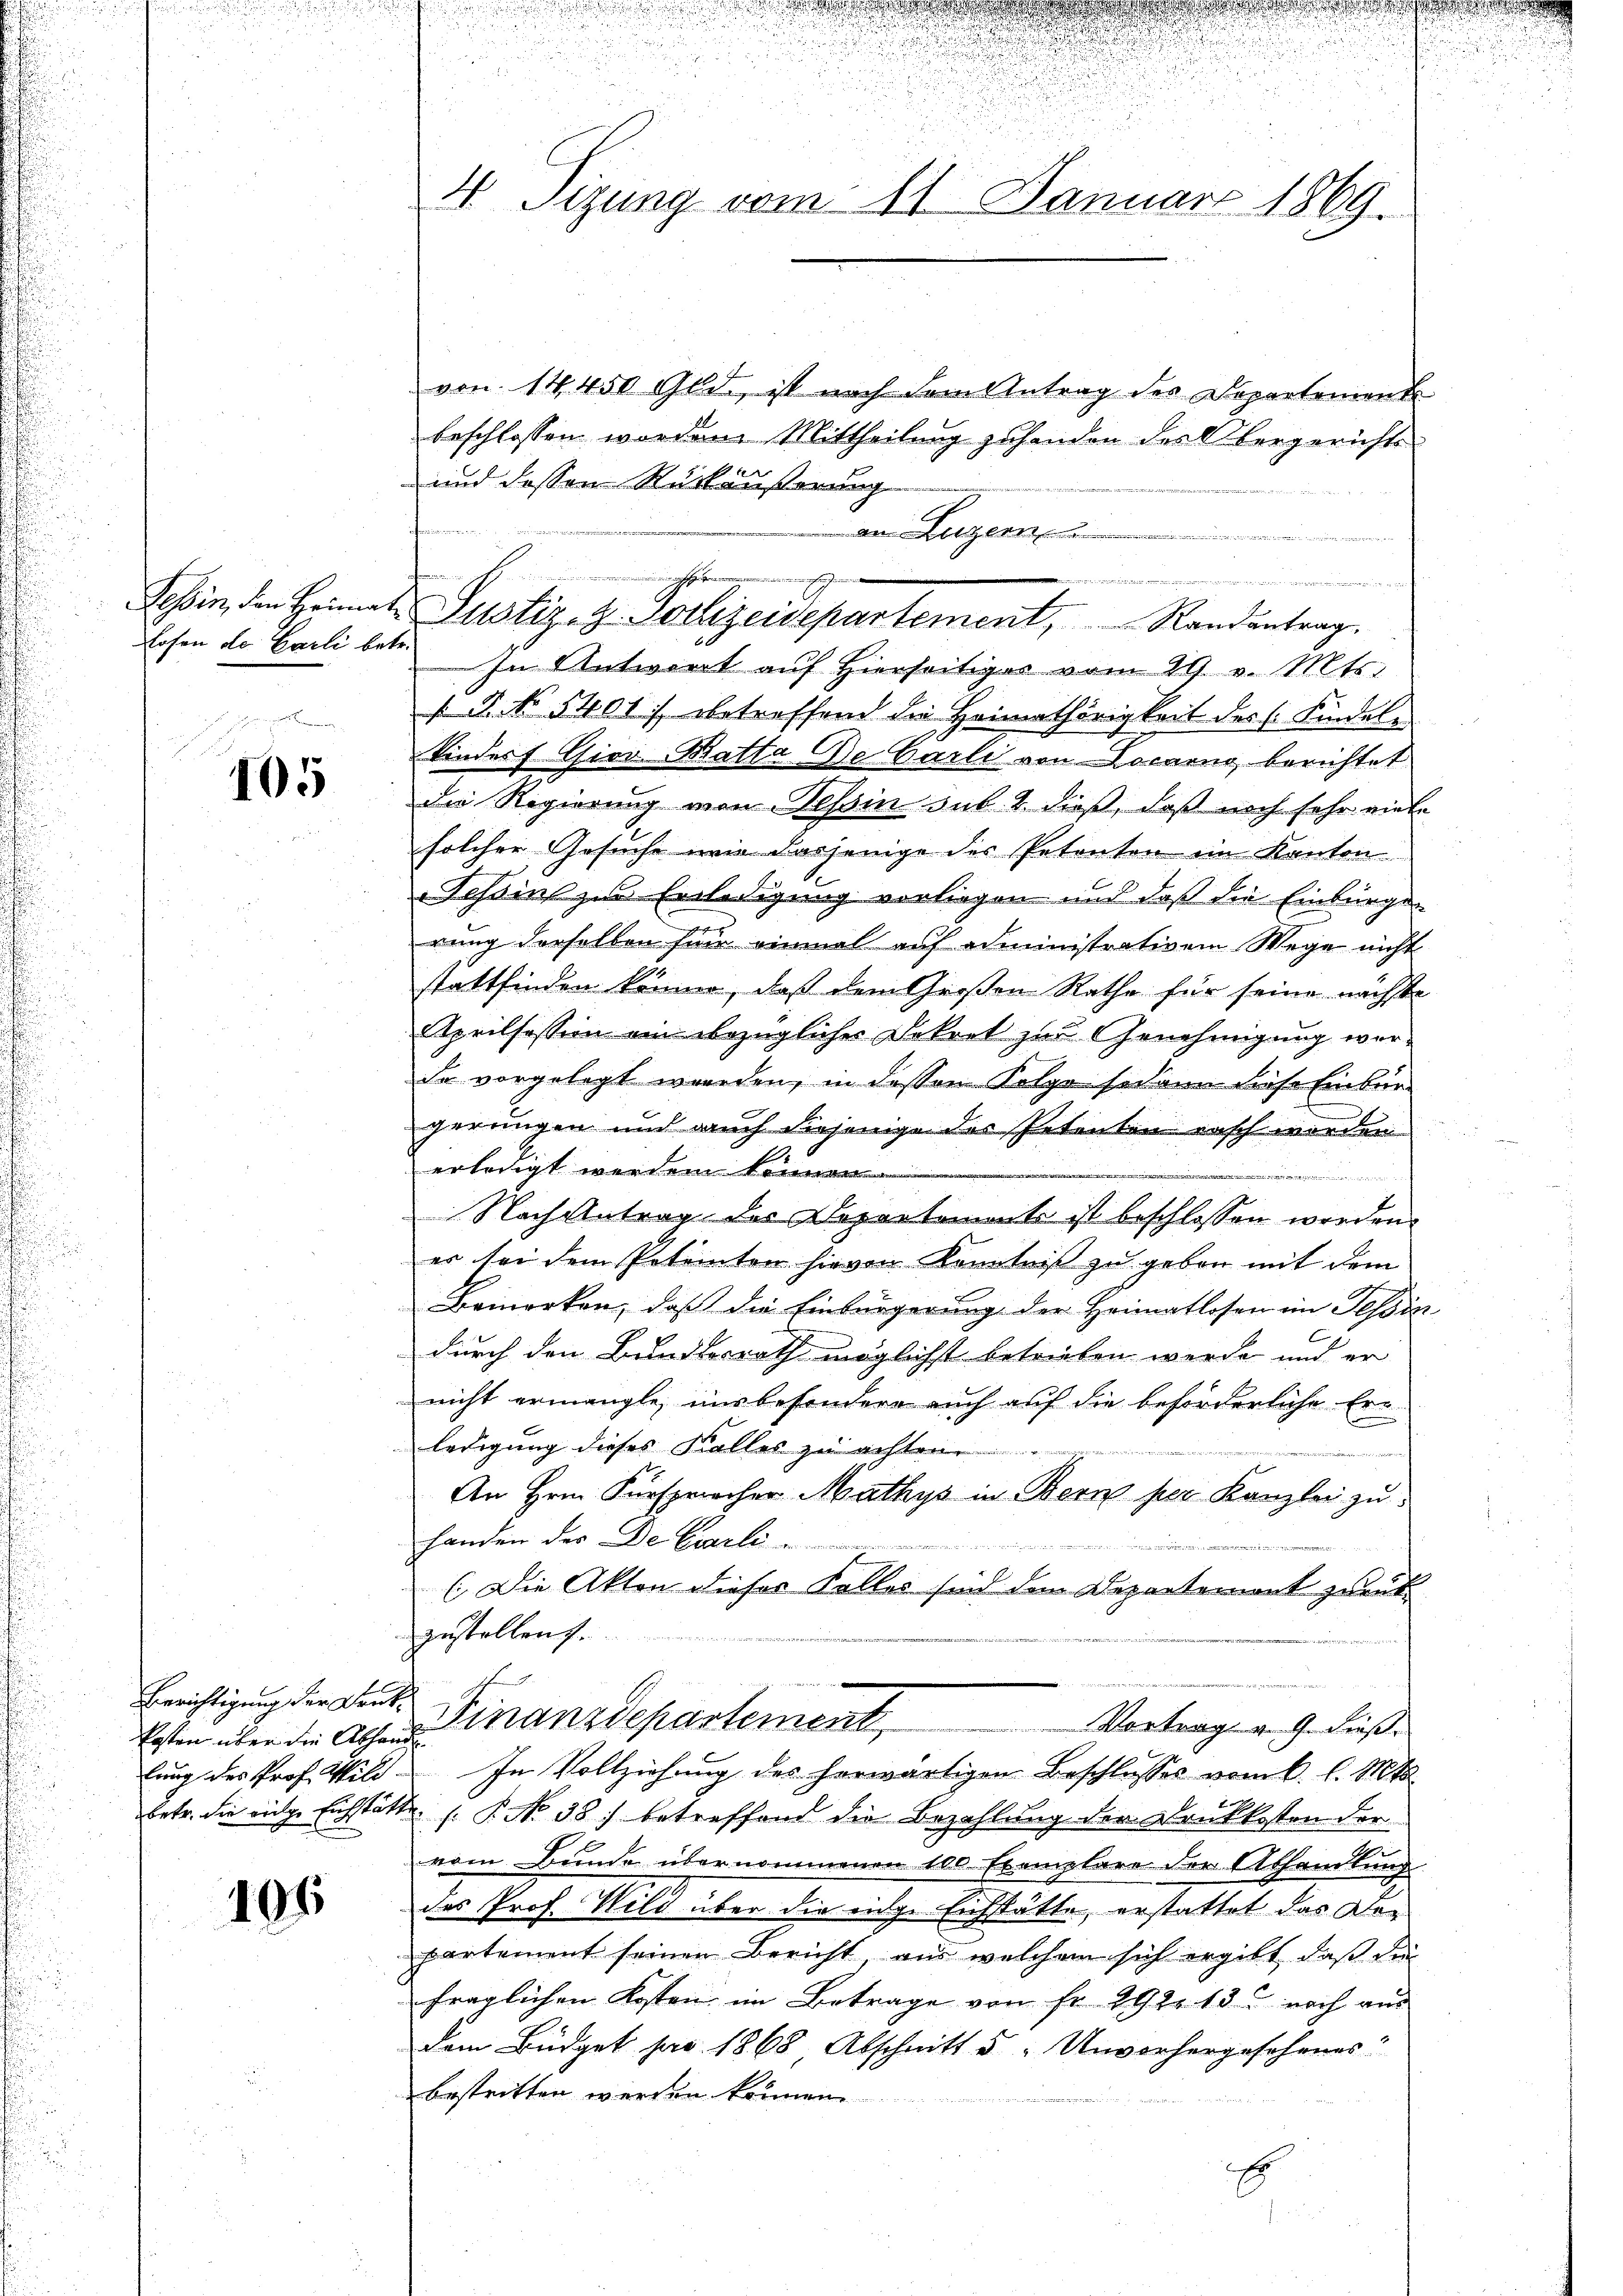
105

Kosten über die Abhande

196

d

von 14450 Gld, ist nach dem Antrag des Departement
beschlossen worden. Mittheilung zuhanden des Obergerichts
und dessen Rückäußerung
an Luzern...........................
hohen de Carli betr. In Antwort auf Hierseitiges vom 29. v. Mts.
/4. No 1401 betreffend die Heimathörigkeit des Kindel¬
Kindert Gier Batta Debarli von Locarno berichtet
die Regierung von Tessin sub 2. dieß, daß noch sehr viele
solcher Gesuche wie dasjenige des Petenten im Kanton
Tessin zur Erledigung vorliegen und daß die Einbürger
rung derselben für einmal auf administrativem Wege nicht
stattfinden können, daß dem Großen Rathe für seine nächste
Aprilsession ein bezüglicher Dekret zur Genehmigung werda vorgelegt werden, in dessen Kolge sodann diese Einbür-
gerungen und auch diejenige der Petenten rasch worden
erledigt werden können
2
Nach Antrag des Departemente ist beschlossen werden.
es bei dem Petenten hievon Kenntniß zu geben mit dem
Bemerken, daß die Einbürgerung der Heimatlosen im Tessin
C
durch den Bundesrath möglichst betrieben werde und er
nicht ermangle, uns besondere auch auf die beförderliche Erledigung dieses Kalles zu achten
1
An Hrn. Fürsprecher Mathys in Bern per Kanzlei zu
handen der Der Carli
(Die Akten dieser Falles sind dem Departemont zurükgestellen.
Berichtigung der Denk. Finanzdepartement
Vortrag v. 9. dieß.
lung des Prof. Wild. In Vollziehung des herwärtigen Beschlusses vom 6. l. Mts.
betr. die eige Eichstätte: P. No 38. betreffend die Bezahlung der Druckkosten der
vom Bunde übernommenen 100 Exemplare der Abhandlung
das Prof. Wild über die einige Einsstätte, erstattet das Departement seinen Bericht, aus welchem sich ergibt, daß die
fraglichen Kosten im Betrage von fr. 292. 13 noch aus
dem Büdget pro 1868 Abschnitt u. Unvorhergesehenes
bestritten werden können.
E

4 Sizung vom 11. Januar 1869.

forder

.
Tessin, den Heimate Justiz- & Polizeidepartement, Randantrag.

u

w

u